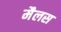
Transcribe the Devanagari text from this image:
मैलस